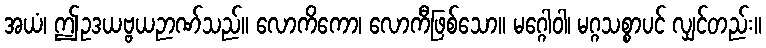
အယံ၊ ဤဥဒယဗ္ဗယဉာဏ်သည်။ လောကိကော၊ လောကီဖြစ်သော။ မဂ္ဂေါဝါ၊ မဂ္ဂသစ္စာပင် လျှင်တည်း။